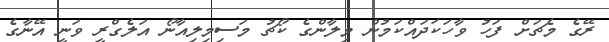
ރޭގެ މެޗަށް ފަހު ވާހަކަދައްކަމުން މިލާންގެ ކޯޗު މަސިމިލިއާނޯ އަލެގްރީ ވަނީ އޭނާގެ